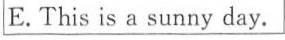
E. This is a sunny day.